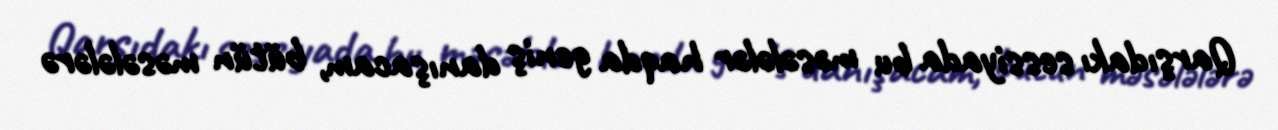
Qarşıdakı sessiyada bu məsələlər haqda geniş danışacam, bütün məsələlərə